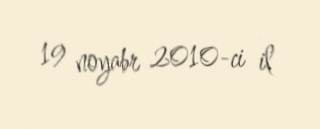
19 noyabr 2010-ci il